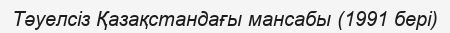
Тәуелсіз Қазақстандағы мансабы (1991 бері)